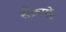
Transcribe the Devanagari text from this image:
सैक्रामेंट